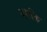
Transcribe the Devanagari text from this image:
वशक्ति